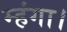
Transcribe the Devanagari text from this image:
म्हंगा।